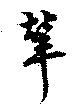
輦